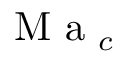
\mathrm { ~ M ~ a ~ } _ { c }